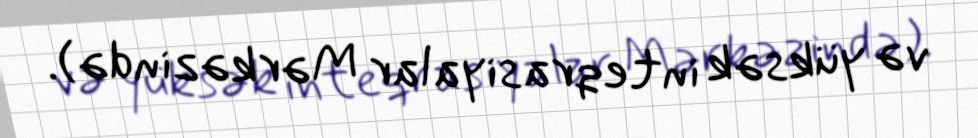
və yüksək inteqrasiyalar Mərkəzində).